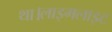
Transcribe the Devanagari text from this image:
था।लाइमलाइट